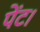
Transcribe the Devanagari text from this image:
पेंट।